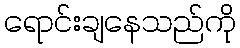
ရောင်းချနေသည်ကို